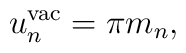
u_n^{\mathrm{vac}}=\pi m_n,